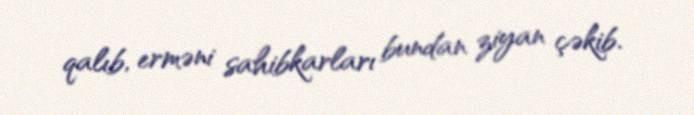
qalıb, erməni sahibkarları bundan ziyan çəkib.